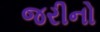
જરીનો